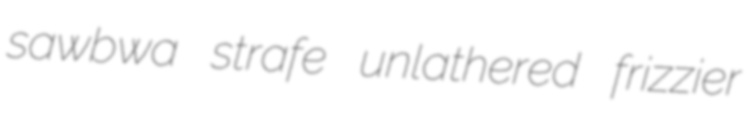
sawbwa strafe unlathered frizzier